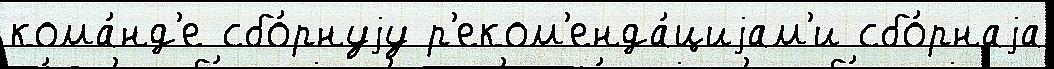
кома́нд'е сбо́рнуjу р'еком'енда́циjам'и сбо́рнаjа